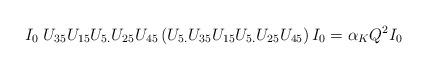
LaTeX: \begin{align*}I_0\; U_{35}U_{15}U_{5.}U_{25}U_{45}\left(U_{5.}U_{35}U_{15}U_{5.}U_{25}U_{45}\right)I_0=\alpha_KQ^2I_0\end{align*}